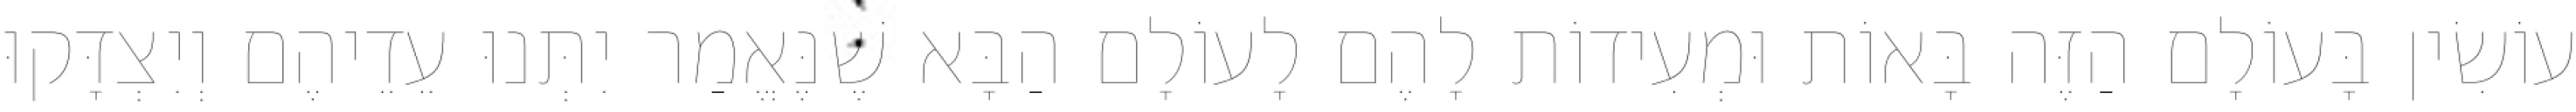
עוֹשִׂין בָּעוֹלָם הַזֶּה בָּאוֹת וּמְעִידוֹת לָהֶם לָעוֹלָם הַבָּא שֶׁנֶּאֱמַר יִתְּנוּ עֵדֵיהֶם וְיִצְדָּקוּ